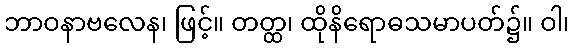
ဘာဝနာဗလေန၊ ဖြင့်။ တတ္ထ၊ ထိုနိရောဓသမာပတ်၌။ ဝါ၊